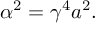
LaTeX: \alpha ^ { 2 } = \gamma ^ { 4 } a ^ { 2 } .